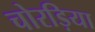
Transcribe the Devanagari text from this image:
चोरड़िया